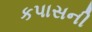
કપાસની